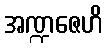
အဏ္ဍဇေဟိ